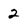
Character: 2